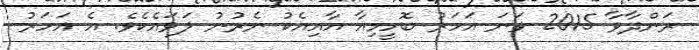
ރަންދާވާ 2015 ވަނަ އަހަރު ބޮހީމިއާ އާއިއެކު ނެރުނު ލަވައެކެވެ. އެ އަހަރު